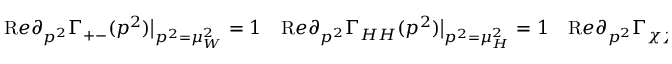
{ \mathrm R e } \partial _ { p ^ { 2 } } \Gamma _ { + - } ( p ^ { 2 } ) \big | _ { p ^ { 2 } = \mu _ { W } ^ { 2 } } = 1 \quad { \mathrm R e } \partial _ { p ^ { 2 } } \Gamma _ { H H } ( p ^ { 2 } ) \big | _ { p ^ { 2 } = \mu _ { H } ^ { 2 } } = 1 \quad { \mathrm R e } \partial _ { p ^ { 2 } } \Gamma _ { \chi \chi } ( p ^ { 2 } ) \big | _ { p ^ { 2 } = \mu _ { \chi } ^ { 2 } } = 1